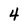
Character: 4